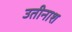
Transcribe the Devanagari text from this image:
उतीनाश